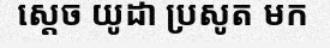
ស្តេច យូដា ប្រសូត មក